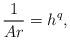
LaTeX: \begin{align*}\frac{1}{Ar} = h^q,\end{align*}